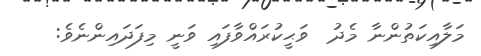
މަލާއިކަތުންނާ މެދު  ވަޙީކުރައްވާފައި ވަނީ މިފަދައިންނެވެ: